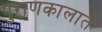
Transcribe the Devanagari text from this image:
पुराणकालात